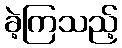
ခဲ့ကြသည့်